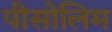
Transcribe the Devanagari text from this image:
पीसोलिम